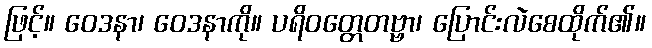
ဖြင့်။ ဝေဒနာ၊ ဝေဒနာကို။ ပရိဝတ္တေတဗ္ဗာ၊ ပြောင်းလဲစေထိုက်၏။